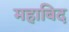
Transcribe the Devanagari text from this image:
महाबिद